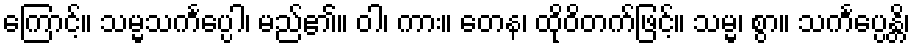
ကြောင့်။ သမ္မသင်္ကပ္ပေါ၊ မည်၏။ ဝါ၊ ကား။ တေန၊ ထိုဝိတက်ဖြင့်။ သမ္မ၊ စွာ။ သင်္ကပ္ပေန္တိ၊